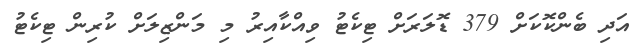
އަދި ބެންކޮކަށް 379 ޑޮލަރަށް ޓިކެޓު ވިއްކާއިރު މި މަންޒިލަށް ކުރިން ޓިކެޓު